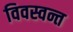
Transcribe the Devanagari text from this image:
विवस्वन्त